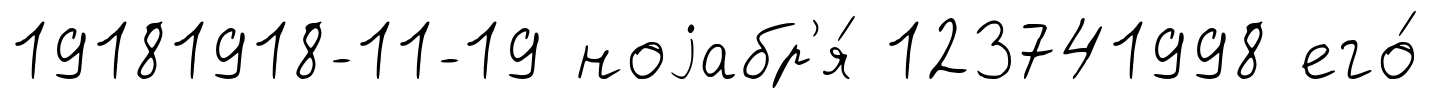
19181918-11-19 ноjабр'я́ 123741998 его́